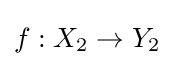
f:X_{2}\to Y_{2}